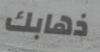
ذهابك